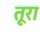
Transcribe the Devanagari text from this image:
तूरा